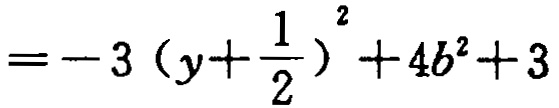
$=-3\left(y + \dfrac{1}{2}\right)^{2}+4b^{2}+3$